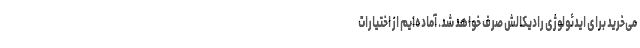
می‌خرید برای ایدئولوژی رادیکالش صرف خواهد شد. آماده‌ایم از اختیارات